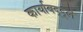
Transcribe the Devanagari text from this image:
कार्याबद्द्ले